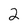
Character: 2